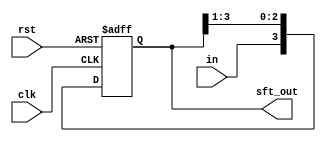
module shift_register(sft_out, in, clk, rst);
	
	input in;
	input clk;
	input rst;

	output reg [3:0]sft_out;
	
	always@(posedge clk or posedge rst)
		if (rst) 
			sft_out <= 4'b0;
		else
			sft_out <= {in, sft_out[3:1]};
	

endmodule